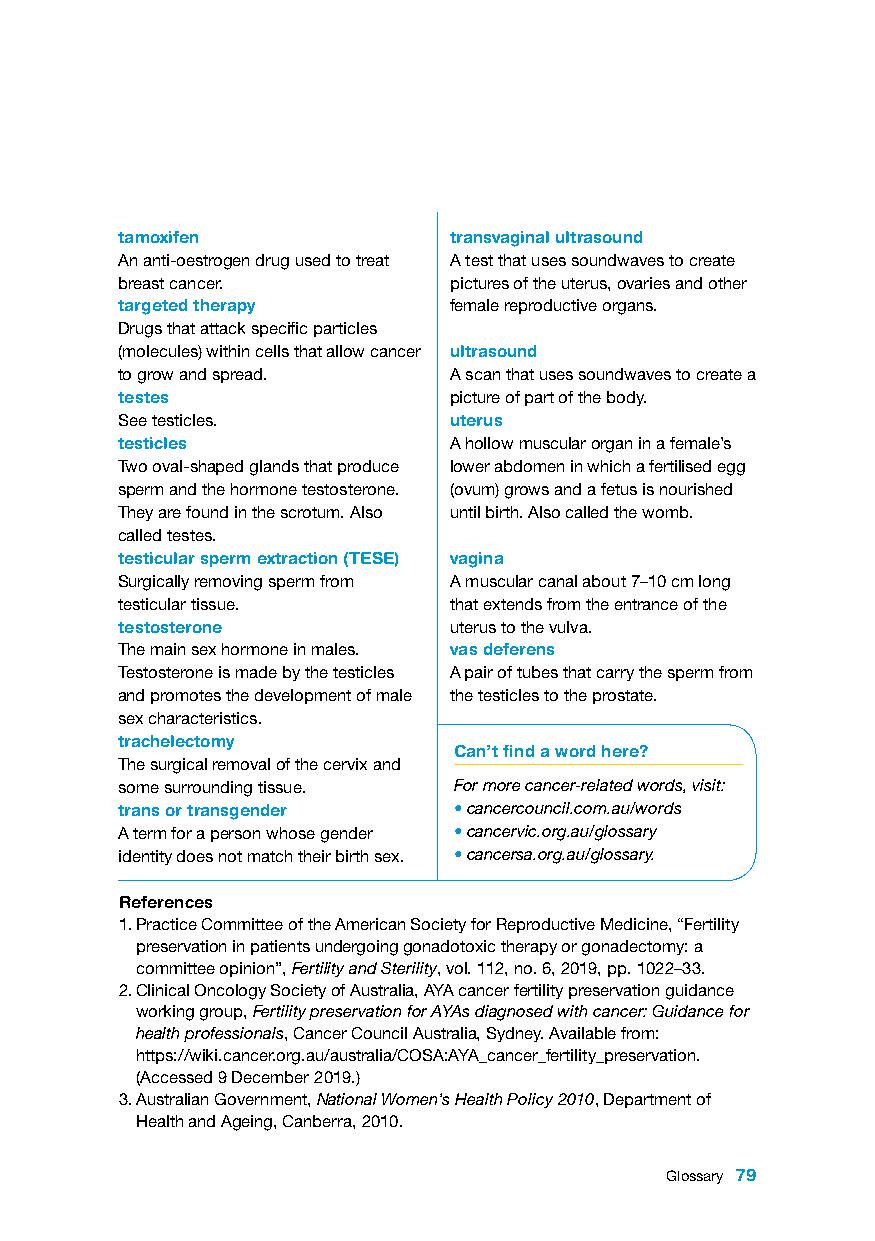
tamoxifen             transvaginal ultrasound
 An anti-oestrogen drug used to treat A test that uses soundwaves to create
 breast cancer.        pictures of the uterus, ovaries and other
 targeted therapy      female reproductive organs.
 Drugs that attack specific particles
 (molecules) within cells that allow cancer ultrasound
 to grow and spread.   A scan that uses soundwaves to create a
 testes                picture of part of the body.
 See testicles.        uterus
 testicles             A hollow muscular organ in a female’s
 Two oval-shaped glands that produce lower abdomen in which a fertilised egg
 sperm and the hormone testosterone. (ovum) grows and a fetus is nourished
 They are found in the scrotum. Also until birth. Also called the womb.
 called testes.
 testicular sperm extraction (TESE) vagina
 Surgically removing sperm from A muscular canal about 7–10 cm long
 testicular tissue.    that extends from the entrance of the
 testosterone          uterus to the vulva.
 The main sex hormone in males. vas deferens
 Testosterone is made by the testicles A pair of tubes that carry the sperm from
 and promotes the development of male the testicles to the prostate.
 sex characteristics.
 trachelectomy
 Can’t find a word here?
 The surgical removal of the cervix and
 some surrounding tissue. For more cancer-related words, visit:
 trans or transgender  • cancercouncil.com.au/words
 A term for a person whose gender • cancervic.org.au/glossary
 identity does not match their birth sex. • cancersa.org.au/glossary.
 References
 1. Practice Committee of the American Society for Reproductive Medicine, “Fertility
 preservation in patients undergoing gonadotoxic therapy or gonadectomy: a
 committee opinion”, Fertility and Sterility, vol. 112, no. 6, 2019, pp. 1022–33.
 2. Clinical Oncology Society of Australia, AYA cancer fertility preservation guidance
 working group, Fertility preservation for AYAs diagnosed with cancer: Guidance for
 health professionals, Cancer Council Australia, Sydney. Available from:
 https://wiki.cancer.org.au/australia/COSA:AYA_cancer_fertility_preservation.
 (Accessed 9 December 2019.)
 3. Australian Government, National Women’s Health Policy 2010, Department of
 Health and Ageing, Canberra, 2010.
 Glossary 79